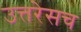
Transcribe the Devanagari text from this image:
उत्तरेसच